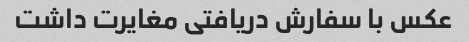
عکس با سفارش دریافتی مغایرت داشت